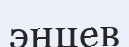
энцев